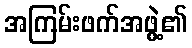
အကြမ်းဖက်အဖွဲ့၏